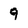
Character: 9